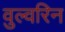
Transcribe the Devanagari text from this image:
वुल्वरिन